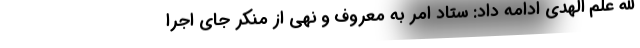
الله علم الهدی ادامه داد: ستاد امر به معروف و نهی از منکر جای اجرا